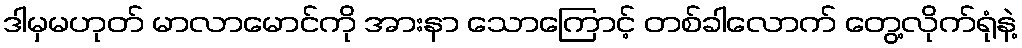
ဒါမှမဟုတ် မာလာမောင်ကို အားနာ သောကြောင့် တစ်ခါလောက် တွေ့လိုက်ရုံနဲ့